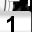
Digit: 1